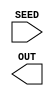

// Random 
// ------------------------------------------------------------------------------------------------
module Random #(
    parameter
        DWIDTH = 32
) (
    input  wire [DWIDTH - 1: 0] SEED,
    output wire [DWIDTH - 1: 0] OUT
);
/*
Description

    

    Parameter 
        None

    in : SEED   
    out: OUT    
*/

// ?????
// ----------------------------------------------

endmodule